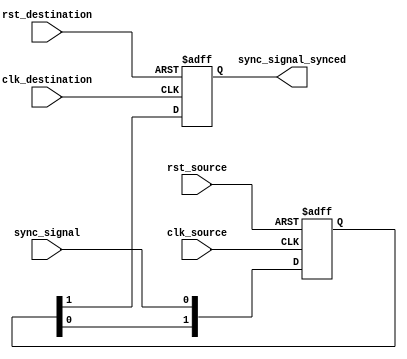
module Synchronizer_with_Reset (
    input wire clk_source,
    input wire rst_source,
    input wire sync_signal,
    output reg sync_signal_synced,
    input wire clk_destination,
    input wire rst_destination
);

reg [1:0] sync_reg;
reg sync_signal_synced_reg;

always @(posedge clk_source or posedge rst_source) begin
    if (rst_source) begin
        sync_reg <= 2'b00;
    end else begin
        sync_reg <= {sync_reg[0], sync_signal};
    end
end

always @(posedge clk_destination or posedge rst_destination) begin
    if (rst_destination) begin
        sync_signal_synced_reg <= 0;
    end else begin
        sync_signal_synced_reg <= sync_reg[1];
    end
end

assign sync_signal_synced = sync_signal_synced_reg;

endmodule